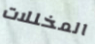
المخللات